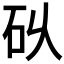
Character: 𮀌